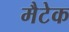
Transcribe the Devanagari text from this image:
मैटेक